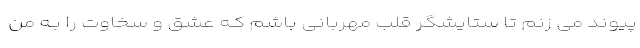
پیوند می زنم تا ستایشگر قلب مهربانی باشم کـه عشق و سخاوت را بـه من